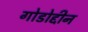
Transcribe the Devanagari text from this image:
गोडोद्दीन